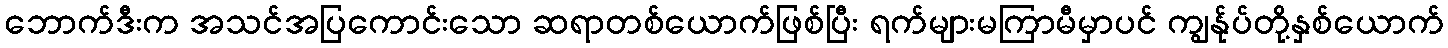
ဘောက်ဒီးက အသင်အပြကောင်းသော ဆရာတစ်ယောက်ဖြစ်ပြီး ရက်များမကြာမီမှာပင် ကျွန်ုပ်တို့နှစ်ယောက်